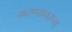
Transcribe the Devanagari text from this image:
करण्यावरून